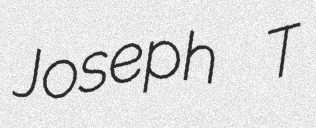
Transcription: Joseph T